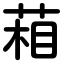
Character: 葙